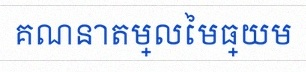
គណនាតម្លៃមធ្យម